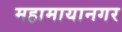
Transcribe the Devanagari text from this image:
महामायानगर